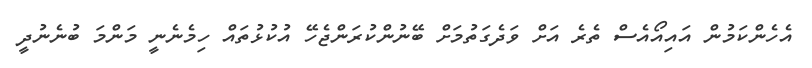
އެހެންކަމުން އައިއޯއެސް ތެރެ އަށް ވަދެގަތުމަށް ބޭނުންކުރަންޖެހޭ އުކުޅުތައް ހިމެނެނީ މަންމަ ބުނެނުދީ